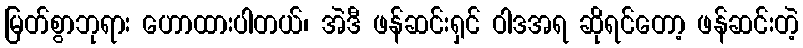
မြတ်စွာဘုရား ဟောထားပါတယ်၊ အဲဒီ ဖန်ဆင်းရှင် ဝါဒအရ ဆိုရင်တော့ ဖန်ဆင်းတဲ့